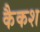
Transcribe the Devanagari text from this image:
कैकश